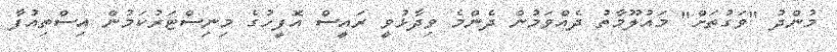
މުންދު "ވަގުތަށް" މައުލޫމާތު ދެއްވަމުން ދެންމެ ވިދާޅުވީ ރައީސް އޮފީހުގެ މިނިސްޓަރުކަމުން އިސްތިއުފާ